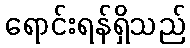
ရောင်းရန်ရှိသည်